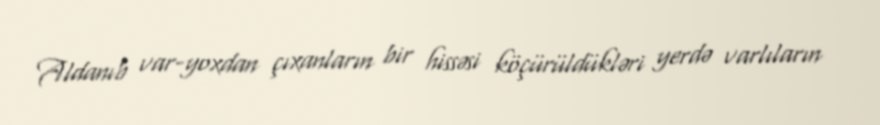
Aldanıb var-yoxdan çıxanların bir hissəsi köçürüldükləri yerdə varlıların